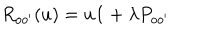
R _ { o o ^ { \prime } } ( u ) = u { \bf 1 } + \lambda P _ { o o ^ { \prime } }